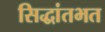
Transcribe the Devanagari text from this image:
सिद्धांतभत